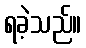
ရခဲ့သည်။